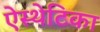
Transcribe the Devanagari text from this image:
ऐस्थेटिका